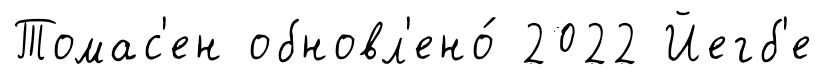
Томас'ен обновл'ено́ 2022 Йегб'е